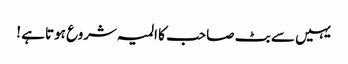
یہیں سے بٹ صاحب کا المیہ شروع ہوتاہے !